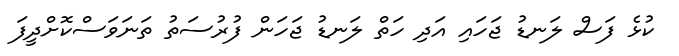
ކުޅެ ފަސް ލަނޑު ޖަހައި އަދި ހަތް ލަނޑު ޖަހަން ފުރުސަތު ތަނަވަސްކޮށްދީފަ